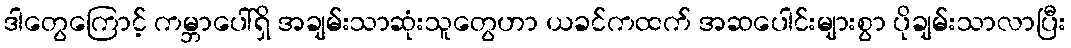
ဒါတွေကြောင့် ကမ္ဘာပေါ်ရှိ အချမ်းသာဆုံးသူတွေဟာ ယခင်ကထက် အဆပေါင်းများစွာ ပိုချမ်းသာလာပြီး